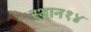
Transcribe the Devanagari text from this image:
स्थान१४